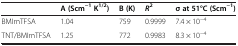
<table><thead><tr><td><b> </b></td><td><b>A (Scm<sup>−1 </sup>K<sup>1/2</sup>)</b></td><td><b>B (K)</b></td><td><b><i>R</i><sup>2</sup></b></td><td><b>σ at 51°C (Scm<sup>−1</sup>)</b></td></tr></thead><tbody><tr><td>BMImTFSA</td><td>1.04</td><td>759</td><td>0.9999</td><td>7.4 × 10<sup>−4</sup></td></tr><tr><td>TNT/BMImTFSA</td><td>1.25</td><td>772</td><td>0.9983</td><td>8.3 × 10<sup>−4</sup></td></tr></tbody></table>